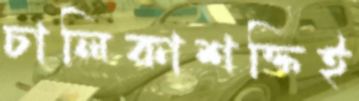
চালিকাশক্তিই